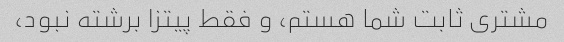
مشتری ثابت شما هستم، و فقط پیتزا برشته نبود،